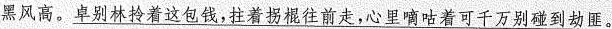
黑风高。卓别林拎着这包钱，拄着拐棍往前走，心里嘀咕着可千万别碰到劫匪。